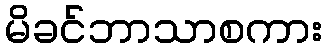
မိခင်ဘာသာစကား